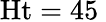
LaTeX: \mathrm{Ht}=45\